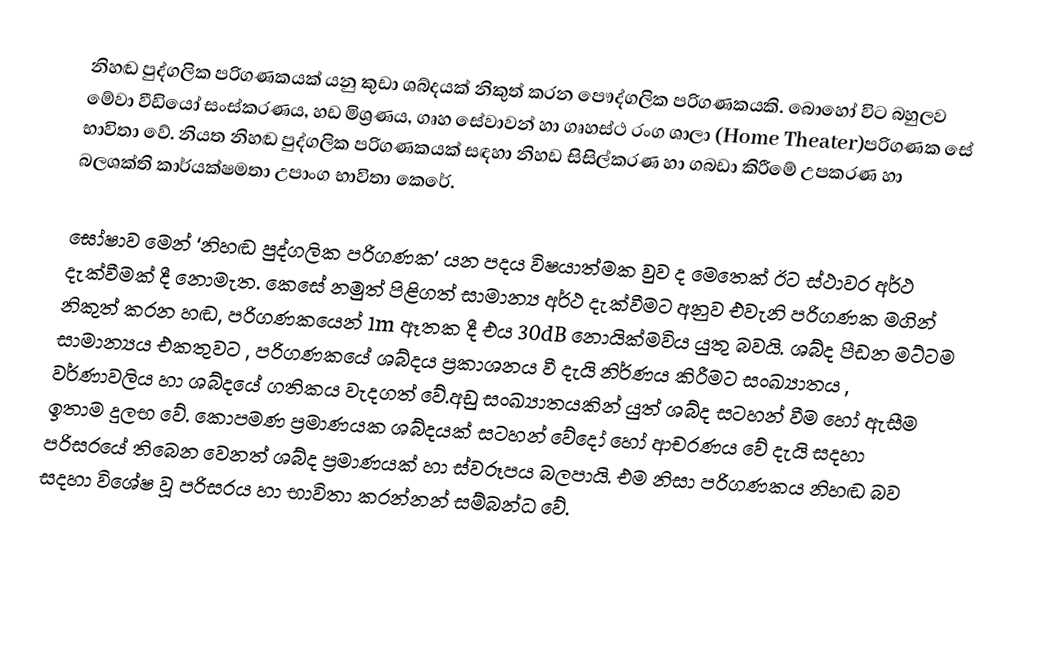
නිහඬ පුද්ගලික පරිගණකයක් යනු කුඩා ශබ්දයක්  නිකුත් කරන පෞද්ගලික පරිගණකයකි. බොහෝ විට බහුලව මේවා වීඩියෝ සංස්කරණය, හඩ මිශ්‍රණය, ගෘහ සේවාවන් හා ගෘහස්ථ රංග ශාලා (Home Theater)පරිගණක සේ භාවිතා වේ. නියත නිහඬ පුද්ගලික පරිගණකයක් සඳහා නිහඩ සිසිල්කරණ  හා ගබඩා කිරීමේ උපකරණ හා බලශක්ති කාර්යක්ෂමතා උපාංග භාවිතා කෙරේ.

ඝෝෂාව මෙන් ‘නිහඬ පුද්ගලික පරිගණක’ යන පදය විෂයාත්මක වුව ද මෙතෙක් ඊට ස්ථාවර අර්ථ දැක්වීමක් දී නොමැත. කෙසේ නමුත් පිළිගත් සාමාන්‍ය අර්ථ දැක්වීමට අනුව එවැනි පරිගණක මගින් නිකුත් කරන හඬ, පරිගණකයෙන් 1m  ඈතක දී එය 30dB  නොයික්මවිය යුතු බවයි. ශබ්ද පීඩන මට්ටම සාමාන්‍යය එකතුවට , පරිගණකයේ ශබ්දය ප්‍රකාශනය වී දැයි නිර්ණය කිරීමට සංඛ්‍යාතය , වර්ණාවලිය හා ශබ්දයේ ගතිකය වැදගත් වේ.අඩු සංඛ්‍යාතයකින් යුත් ශබ්ද සටහන් වීම හෝ ඇසීම ඉතාම දුලභ වේ. කොපමණ ප්‍රමාණයක ශබ්දයක් සටහන් වේදෝ හෝ ආචරණය වේ දැයි සදහා පරිසරයේ තිබෙන වෙනත් ශබ්ද ප්‍රමාණයක් හා ස්වරූපය බලපායි. එම නිසා  පරිගණකය නිහඬ බව සදහා විශේෂ වූ පරිසරය හා භාවිතා කරන්නන් සම්බන්ධ වේ.